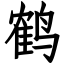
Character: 鹤